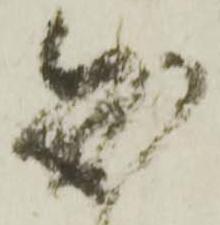
知